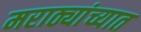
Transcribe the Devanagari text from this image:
मराठ्यांच्यात